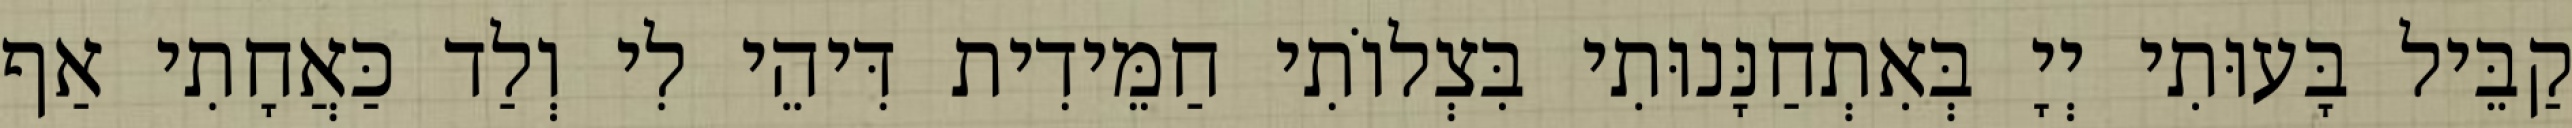
קַבֵּיל בָּעוּתִי יְיָ בְּאִתְחַנָּנוּתִי בִּצְלוֹתִי חַמֵּידִית דִּיהֵי לִי וְלַד כַּאֲחָתִי אַף